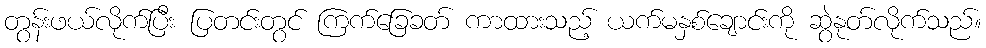
တွန်းဖယ်လိုက်ပြီး ပြတင်းတွင် ကြက်ခြေခတ် ကာထားသည့် ယက်မနှစ်ချောင်းကို ဆွဲနုတ်လိုက်သည်။